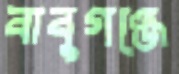
বাবুগঞ্জে